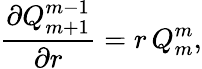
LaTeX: \frac{\partial Q_{m+1}^{m-1}}{\partial r}=r\, Q_{m}^{m},